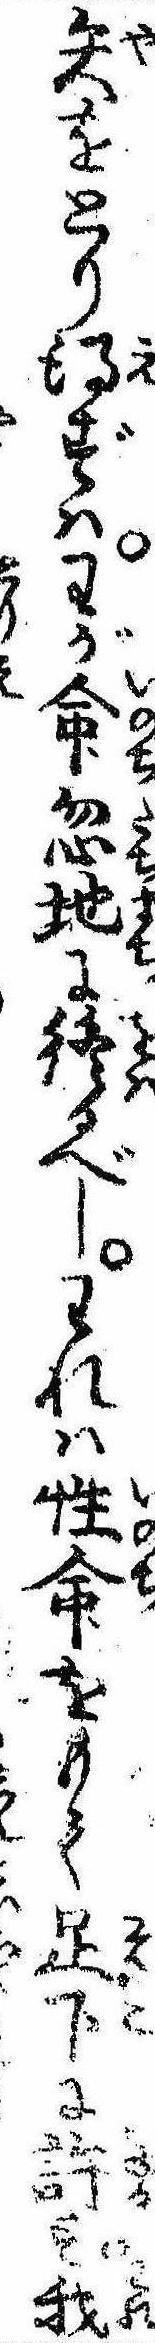
矢をとり得ずはわが命忽地に終るべしわれは性命をもて足下に許す我